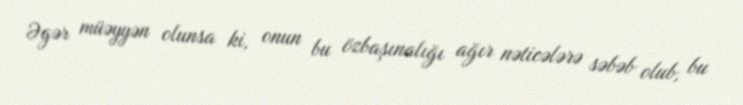
Əgər müəyyən olunsa ki, onun bu özbaşınalığı ağır nəticələrə səbəb olub, bu